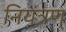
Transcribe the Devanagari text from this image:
नियंत्रण्‌